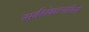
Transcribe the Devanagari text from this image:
सर्वसंकटनाशिनी